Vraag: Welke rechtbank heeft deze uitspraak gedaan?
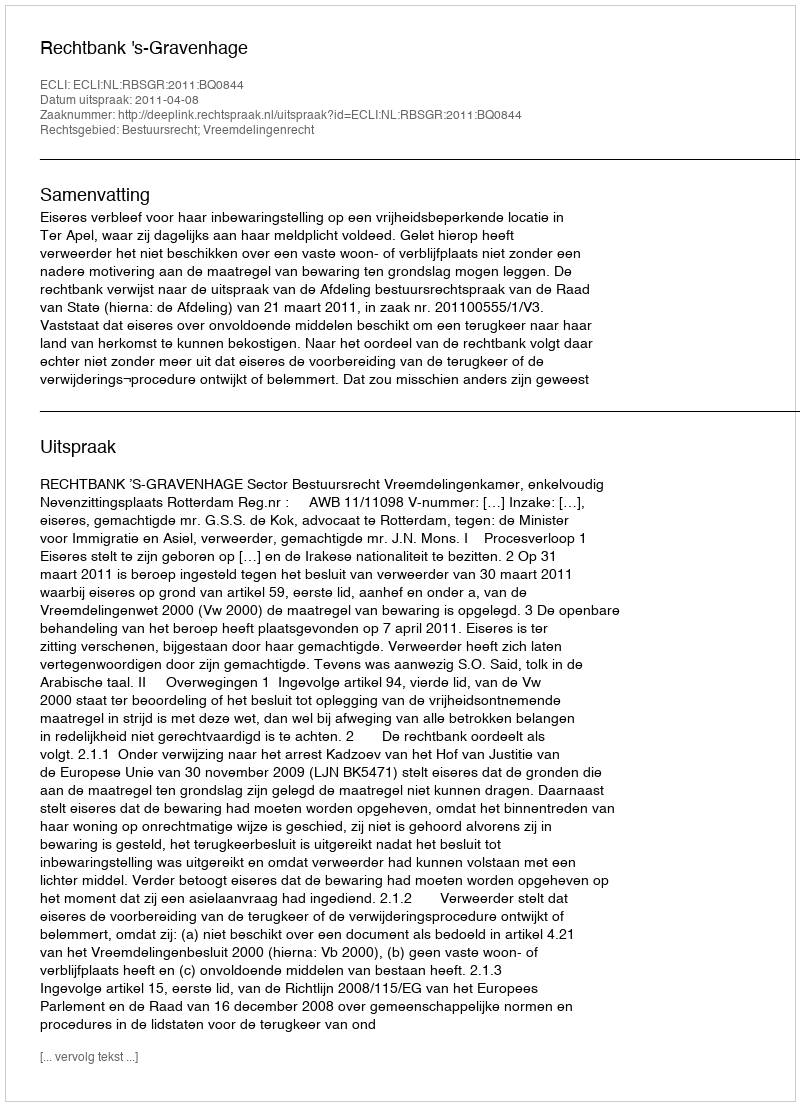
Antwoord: Rechtbank 's-Gravenhage